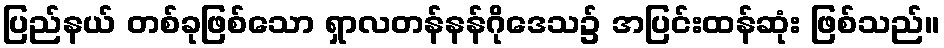
ပြည်နယ် တစ်ခုဖြစ်သော ရှာလတန်နန်ဂိုဒေသ၌ အပြင်းထန်ဆုံး ဖြစ်သည်။